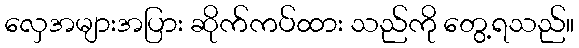
လှေအများအပြား ဆိုက်ကပ်ထား သည်ကို တွေ့ရသည်။